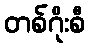
တစ်ဂိုးစီ